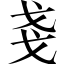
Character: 戔